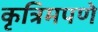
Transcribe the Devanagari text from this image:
कृत्रिमपणे